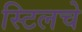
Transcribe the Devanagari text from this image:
स्टिलचे